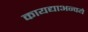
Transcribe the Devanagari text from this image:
कायद्याअन्वये